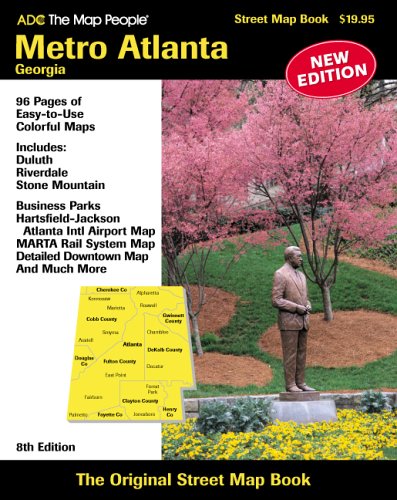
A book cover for ADC The Map People Metro Atlanta, Georgia (American Map Regional Atlas: Metro Atlanta); ADC the Map People; Travel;